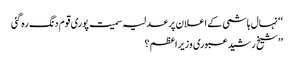
‘‘ نہال ہاشمی کے اعلان پر عدلیہ سمیت پوری قوم دنگ رہ گئی
’’شیخ رشید عبوری وزیراعظم ؟